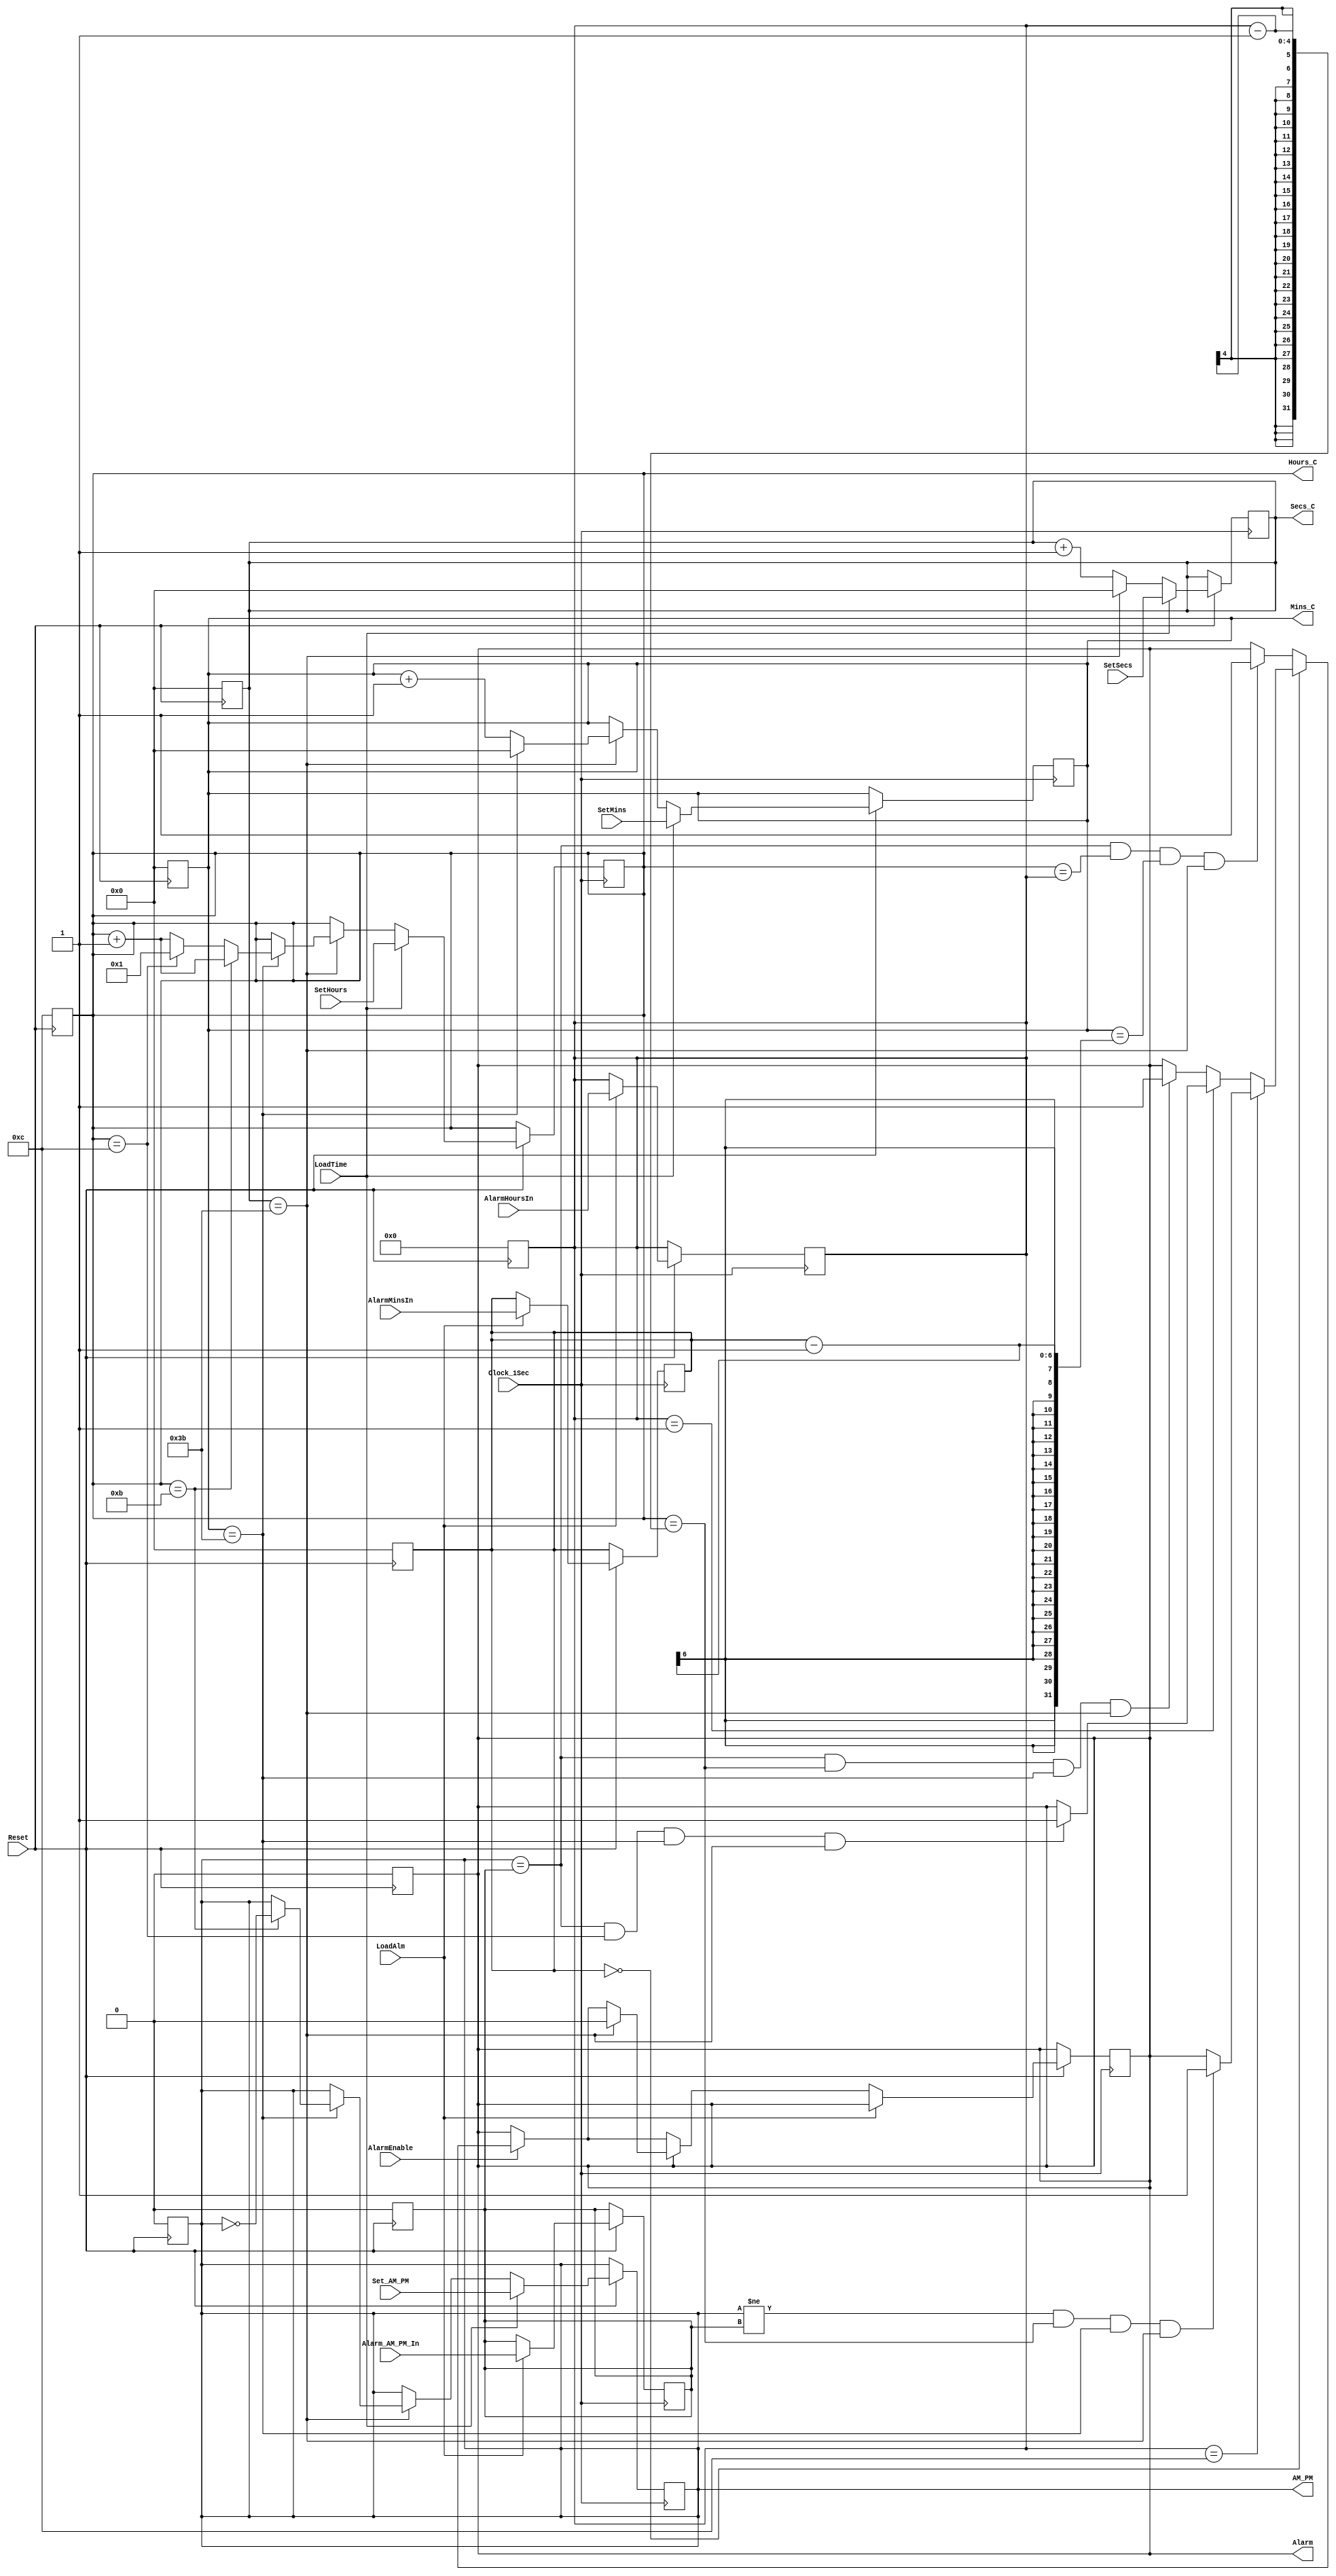
module alarm_clk(Clock_1Sec, Reset, LoadTime, LoadAlm,
AlarmEnable, Set_AM_PM, Alarm_AM_PM_In,
SetSecs, SetMins, AlarmMinsIn, SetHours, AlarmHoursIn,
AM_PM, Alarm, Secs_C, Mins_C, Hours_C);
input Clock_1Sec, Reset, LoadTime, LoadAlm, Set_AM_PM,
Alarm_AM_PM_In,AlarmEnable;
input[5:0] SetSecs, SetMins,AlarmMinsIn;
input[3:0] SetHours, AlarmHoursIn;
output AM_PM, Alarm;
output[5:0] Secs_C, Mins_C;
output[3:0] Hours_C;
reg AM_PM, Alarm,Alarm_AM_PM;
reg[5:0] Secs_C, Mins_C, AlarmMin;
reg[3:0] Hours_C,AlarmHour;

always@(negedge Reset)//???
begin
if(!Reset)//Reset? 0??
begin
AM_PM<=0;
Secs_C<=0;
Mins_C<=0;
Hours_C<=12;
AlarmMin<=0;
AlarmHour<=0;
Alarm_AM_PM<=0;
Alarm<=0;
end
end
always@(posedge Clock_1Sec)
begin
if(Reset)
begin
if(LoadTime==1)//?? ???(LoadTime? 1??)
begin//?? ? ??
	AM_PM<=Set_AM_PM;
	Secs_C<=SetSecs;
	Mins_C<=SetMins;
	Hours_C<=SetHours;
end
else//LoadTime? 0??
begin
Secs_C<=Secs_C+1;//1? ??
	if(Secs_C==59)//Secs_C=59?? 
	begin
	Secs_C<=0;//Secs_C? 0?? ??
	Mins_C<=Mins_C+1;//Mins_C? 1 ??
		if(Mins_C==59)//Mins_C? 59??
		begin
		Mins_C<=0;//Mins_C? 0?? ??
		Hours_C<=Hours_C+1;//Hours_C? 1??
			if(Hours_C==11) AM_PM<=~AM_PM;//Hours_C? 11?? ??????(11? 59? 59??? ??)
		else if(Hours_C==12) Hours_C<=1;//Hours_C? 12?? 1? ??
		end
	end
end
if(LoadAlm)//?? ??(LoadAlm? 1??)
	begin//???? ??? ???? ??
	AlarmMin<=AlarmMinsIn;
	AlarmHour<=AlarmHoursIn;
	Alarm_AM_PM<=Alarm_AM_PM_In;
	end
else//LoadAlm? 0??
begin
if(AlarmEnable)//ALarmEnable=1?? (??? ?? ? ??)
begin
	if(AlarmMin==0)//????? ?? 0? ?
	begin
		if(AlarmHour==12)//????? ?? 12??
		begin//AlarmHour=12,AlarmMin=0??
//??? ????? ?? ????? ??? ???? ????? 1?? ?? 59? ?? 59??? Alarm=1??
			if(AM_PM!=Alarm_AM_PM && Hours_C==AlarmHour-1 &&
			Mins_C==59 && Secs_C==59) Alarm<=1;
		end
		else if(AlarmHour==1)//????? 1? 00?? ??????
		begin
		if(AM_PM==Alarm_AM_PM && Hours_C==12 &&
		Mins_C==59 && Secs_C==59) Alarm<=1;
		end
		else//AlarmHour=12? ??? AlarmMin=0?? 
//??? ????? ?? ????? ?? ???? ????? 1?? ?? 59? ?? 59??? ALarm=1??
		if(AM_PM==Alarm_AM_PM && Hours_C==AlarmHour-1 &&
		Mins_C==59 && Secs_C==59) Alarm<=1;
	end
//AlarmHour=12, AlarmMin=0? ??? ??? ????? ?? ????? ?? ???? ???? ?? ?? 1???? ?? 59??? ALarm=1??
	else if(AM_PM==Alarm_AM_PM && Hours_C==AlarmHour
	&& Mins_C==AlarmMin-1 && Secs_C==59) Alarm<=1; 
end
if(Alarm==1)//Alarm=1??
begin//Secs_C? 59?? ?? Alarm? 0? ????? ? 1?? ???? ??.
if(Secs_C==59) Alarm<=0;
end
end
end
end
endmodule